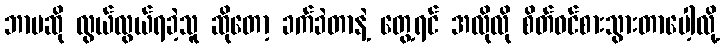
ဘာမဆို လွယ်လွယ်ရခဲ့သူ ဆိုတော့ ခက်ခဲတာနဲ့ တွေ့ရင် အလိုလို စိတ်ဝင်စားသွားတာပေါ့လို့